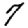
Digit: 7